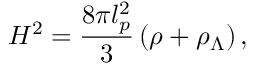
H ^ { 2 } = \frac { 8 \pi l _ { p } ^ { 2 } } { 3 } \left( \rho + \rho _ { \Lambda } \right) ,